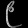
Digit: ၉